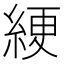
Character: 綆